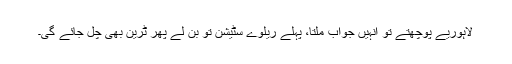
لاہوریے پوچھتے تو انہیں جواب ملتا، پہلے ریلوے سٹیشن تو بن لے پھر ٹرین بھی چل جائے گی۔